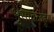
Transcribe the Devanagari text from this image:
भुसावळहून